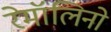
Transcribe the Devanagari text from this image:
रेमॉलिनो